Cholera in southern India
Disease focus: Cholera
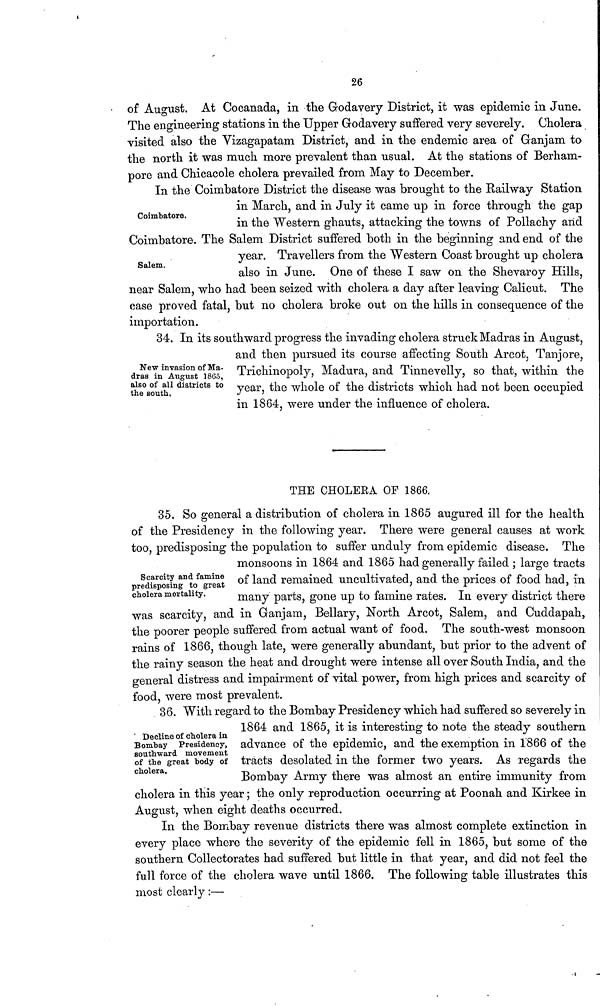
26
of August. At Cocanada, in the Godavery District, it was epidemic in June.
The engineering stations in the Upper Godavery suffered very severely. Cholera
visited also the Vizagapatam District, and in the endemic area of Ganjam to
the north it was much more prevalent than usual. At the stations of Berham-
pore and Chicacole cholera prevailed from May to December.
Coimbatore.
In the Coimbatore District the disease was brought to the Railway Station
in March, and in July it came up in force through the gap
in the Western ghauts, attacking the towns of Pollachy and
Coimbatore. The Salem District suffered both in the beginning and end of the
Salem.
year. Travellers from the Western Coast brought up cholera
also in June. One of these I saw on the Shevaroy Hills,
near Salem, who had been seized with cholera a day after leaving Calicut. The
case proved fatal, but no cholera broke out on the hills in consequence of the
importation.
New invasion of Ma-
dras in August 18(35,
also of all districts to
the south.
34. In its southward progress the invading cholera struck Madras in August,
and then pursued its course affecting South Arcot, Tanjore,
Trichinopoly, Madura, and Tinnevelly, so that, within the
year, the whole of the districts which had not been occupied
in 1864, were under the influence of cholera.
THE CHOLERA OF 1866.
Scarcity and famine
predisposing to great
cholera mortality.
35. So general a distribution of cholera in 1865 augured ill for the health
of the Presidency in the following year. There were general causes at work
too, predisposing the population to suffer unduly from epidemic disease. The
monsoons in 1864 and 1865 had generally failed ; large tracts
of land remained uncultivated, and the prices of food had, in
many parts, gone up to famine rates. In every district there
was scarcity, and in Ganjam, Bellary, North Arcot, Salem, and Cuddapah,
the poorer people suffered from actual want of food. The south-west monsoon
rains of 1866, though late, were generally abundant, but prior to the advent of
the rainy season the heat and drought were intense all over South India, and the
general distress and impairment of vital power, from high prices and scarcity of
food, were most prevalent.
Decline of cholera in
Bombay Presidency,
southward movement
of the great body of
cholera.
36. With regard to the Bombay Presidency which had suffered so severely in
1864 and 1865, it is interesting to note the steady soutnern
advance of the epidemic, and the exemption in 1866 of the
tracts desolated in the former two years. As regards the
Bombay Army there was almost an entire immunity from
cholera in this year; the only reproduction occurring at Poonah and Kirkee in
August, when eight deaths occurred.
In the Bombay revenue districts there was almost complete extinction in
every place where the severity of the epidemic fell in 1865, but some of the
southern Collectorates had suffered but little in that year, and did not feel the
full force of the cholera wave until 1866. The following table illustrates this
most clearly:—